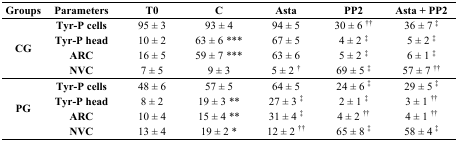
| Groups | Parameters | T0 | C | Asta | PP2 | Asta + PP2 |
 | --- | --- | --- | --- | --- | --- | --- |
 | <ROWSPAN=4> CG | Tyr-P cells | 95 ± 3 | 93 ± 4 | 94 ± 5 | 30 ± 6 †† | 36 ± 7 ‡ |
 | Tyr-P head | 10 ± 2 | 63 ± 6 *** | 67 ± 5 | 4 ± 2 ‡ | 5 ± 2 ‡ |
 | ARC | 16 ± 5 | 59 ± 7 *** | 63 ± 6 | 5 ± 2 ‡ | 6 ± 1 ‡ |
 | NVC | 7 ± 5 | 9 ± 3 | 5 ± 2 † | 69 ± 5 ‡ | 57 ± 7 †† |
 | <ROWSPAN=4> PG | Tyr-P cells | 48 ± 6 | 57 ± 5 | 64 ± 5 | 24 ± 6 ‡ | 29 ± 5 ‡ |
 | Tyr-P head | 8 ± 2 | 19 ± 3 ** | 27 ± 3 ‡ | 2 ± 1 ‡ | 3 ± 1 †† |
 | ARC | 10 ± 4 | 15 ± 4 ** | 31 ± 4 ‡ | 4 ± 2 †† | 4 ± 1 †† |
 | NVC | 13 ± 4 | 19 ± 2 * | 12 ± 2 †† | 65 ± 8 ‡ | 58 ± 4 ‡ |